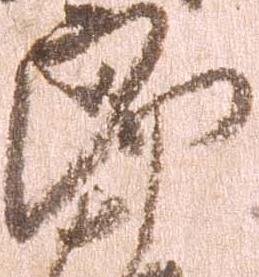
郎